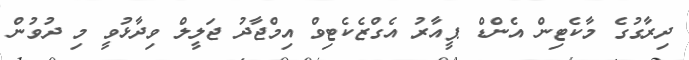
ދިރާގުގެ މާކެޓިން އެންޑް ޕީއާރު އެގްޒެކެޓިވް އިމްޖާދު ޖަލީލް ވިދާޅުވީ މި ދުވުން